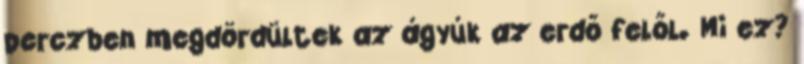
perczben megdördültek az ágyúk az erdő felől. Mi ez?